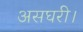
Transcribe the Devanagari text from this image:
असघरी।